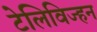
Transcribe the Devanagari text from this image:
टेलिविज्हन